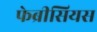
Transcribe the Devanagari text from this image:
फेब्रीसियस